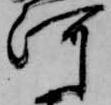
河